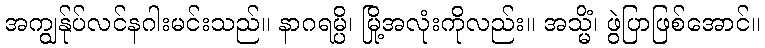
အကျွန်ုပ်လင်နဂါးမင်းသည်။ နာဂရမ္ပိ၊ မြို့အလုံးကိုလည်း။ အသ္မိံ၊ ဖွဲပြာဖြစ်အောင်။